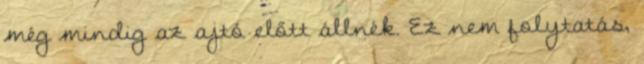
még mindig az ajtó előtt állnék. Ez nem folytatás,